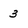
Character: 3